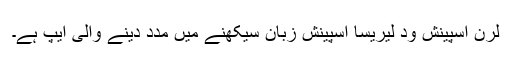
لرن اسپینش ود لیریسا اسپینش زبان سیکھنے میں مدد دینے والی ایپ ہے۔